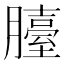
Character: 𦢀